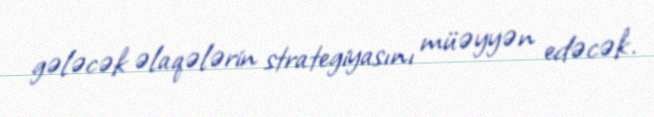
gələcək əlaqələrin strategiyasını müəyyən edəcək.